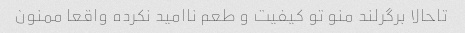
تاحالا برگرلند منو تو کیفیت و طعم ناامید نکرده واقعا ممنون